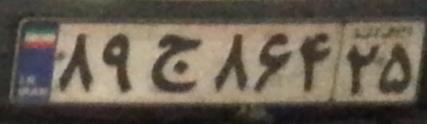
۸۹ج۸۶۴۲۵